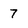
Character: 7